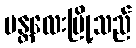
မန္တလေးမြို့သည်